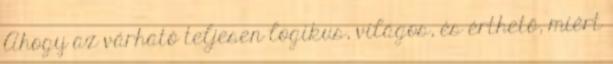
Ahogy az várható teljesen logikus, világos, és érthető, miért